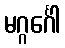
မဂ္ဂင်္ဂေါ